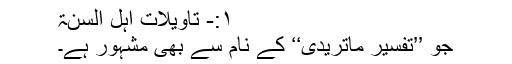
۱:- تأویلات أہل السنۃ
جو ’’تفسیرِ ماتریدی‘‘ کے نام سے بھی مشہور ہے۔